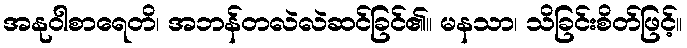
အနုဝါစာရေတိ၊ အဘန်တလဲလဲဆင်ခြင်၏။ မနသာ၊ သိခြင်းစိတ်ဖြင့်။